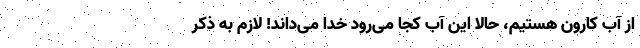
از آب کارون هستیم، حالا این آب کجا می‌رود خدا می‌داند! لازم به ذکر